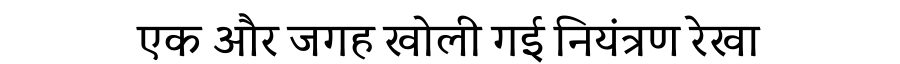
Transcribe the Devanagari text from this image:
एक और जगह खोली गई नियंत्रण रेखा